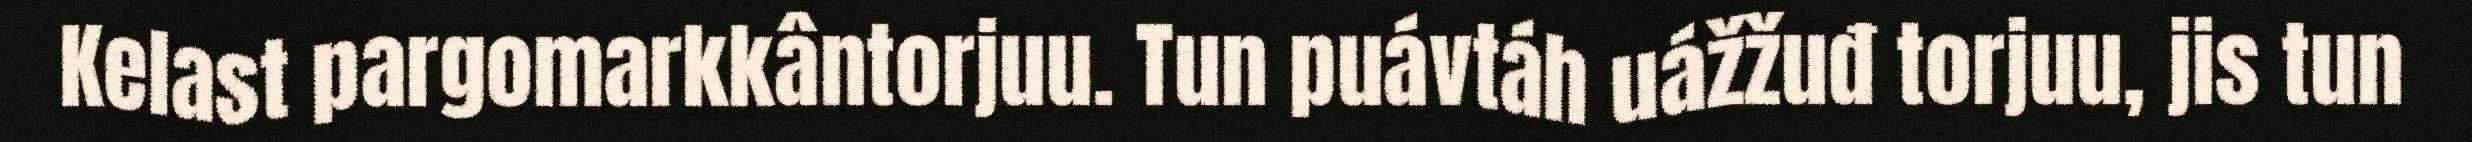
Kelast pargomarkkântorjuu. Tun puávtáh uážžuđ torjuu, jis tun